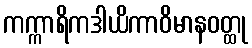
ကက္ကာရိကဒါယိကာဝိမာနဝတ္ထု